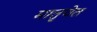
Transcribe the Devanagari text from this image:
मातृचेत